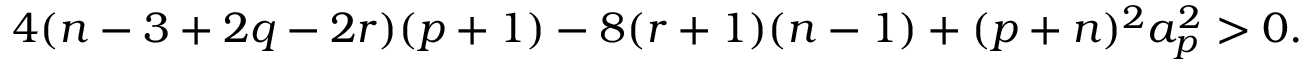
4 ( n - 3 + 2 q - 2 r ) ( p + 1 ) - 8 ( r + 1 ) ( n - 1 ) + ( p + n ) ^ { 2 } a _ { p } ^ { 2 } > 0 .